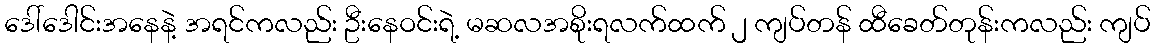
ဒေါ်ဒေါင်းအနေနဲ့ အရင်ကလည်း ဦးနေဝင်းရဲ့ မဆလအစိုးရလက်ထက် ၂ ကျပ်တန် ထီခေတ်တုန်းကလည်း ကျပ်